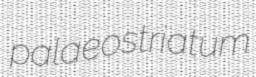
palaeostriatum